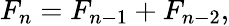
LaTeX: F_{n}=F_{n-1}+F_{n-2},